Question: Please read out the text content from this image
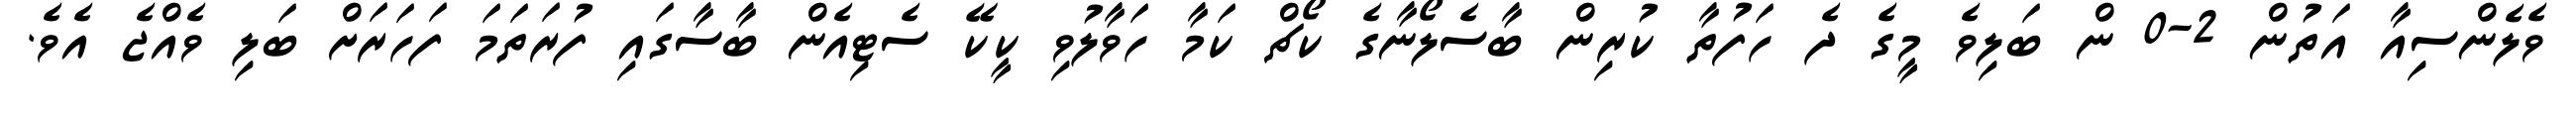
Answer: ވެލެންސިއާ އަތުން 2-0 ން ބަލިވެ މީގެ ދެ ހަފުތާ ކުރިން ބާސެލޯނާގެ ކޯޗް ކަމާ ހަވާލުވި ކީކޭ ސެޓިއެން ބާސާގައި ފުރަތަމަ ފަހަރަށް ބަލި ވެއްޖެ އެވެ.